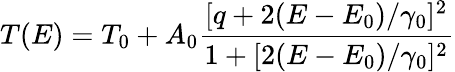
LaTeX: T(E)=T_{0}+A_{0}\frac{[q+2(E-E_{0})/\gamma_{0}]^{2}}{1+[2(E-E_{0})/\gamma_{0}]^{2}}